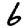
Digit: 6